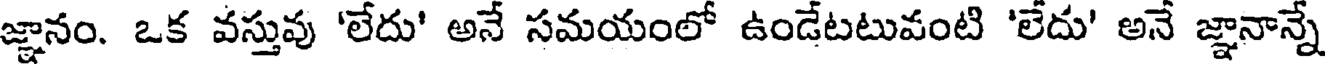
జ్ఞానం. ఒక వస్తువు 'లేదు' అనే సమయంలో ఉండేటటువంటి 'లేదు' అనే జ్ఞానాన్నే